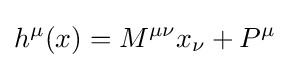
h^{\mu }(x)=M^{\mu \nu }x_{\nu }+P^{\mu }